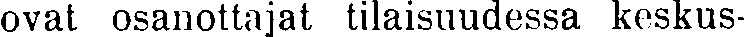
ovat osanottajat tilaisuudessa keskus-